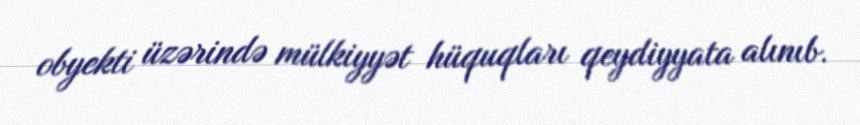
obyekti üzərində mülkiyyət hüquqları qeydiyyata alınıb.